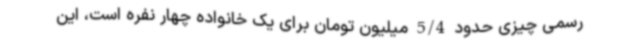
رسمی چیزی حدود 5/4 میلیون تومان برای یک خانواده چهار نفره است، این